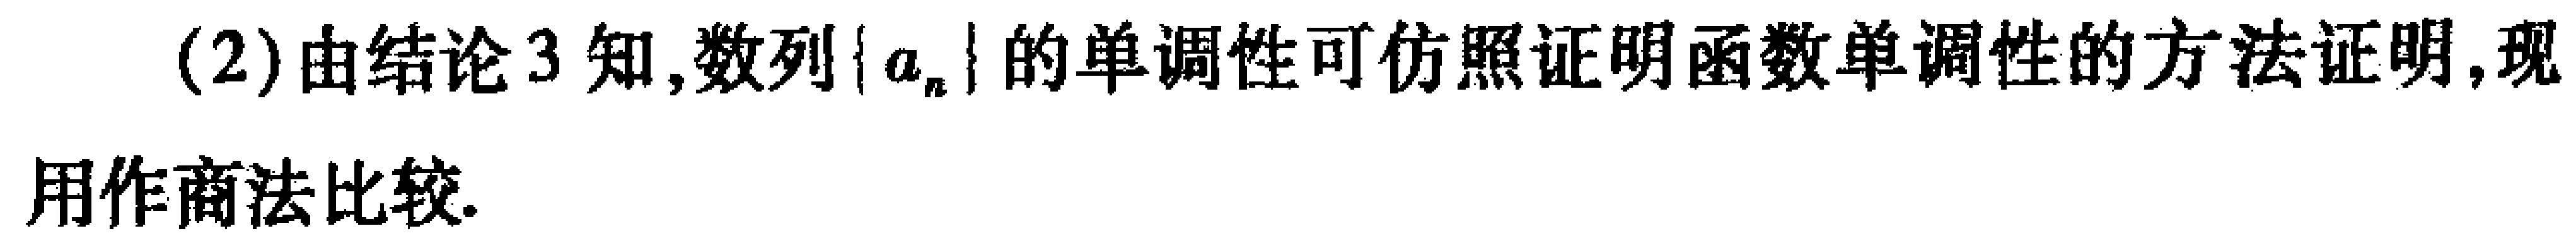
(2)由结论3知,数列\(\{ a_{n}\}\)的单调性可仿照证明函数单调性的方法证明,现用作商法比较.